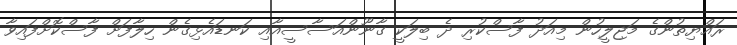
ރައްޔިތުންގެ މަޖިލީހުން މިއަދު ފާސްކުރި ދެ ބިލަކީ ގާނޫންއަސާސީއާއި ކަނޑައެޅިގެން ހިލާފަށް ފާސްކޮށްފައިވާ